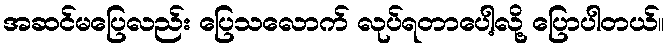
အဆင်မပြေလည်း ပြေသလောက် လုပ်ရတာပေါ့လို့ ပြောပါတယ်။